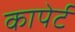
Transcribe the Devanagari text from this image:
कापेर्ट